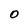
Character: 0